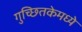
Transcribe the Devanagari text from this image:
गुच्छ्तिकेमध्ये